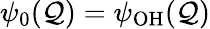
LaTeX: \psi_{0}(\mathcal{Q})=\psi_{\mathrm{{OH}}}(\mathcal{Q})